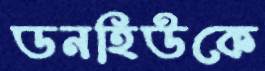
ডনহিউকে